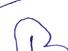
Signature authenticity: forged